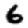
Digit: 6